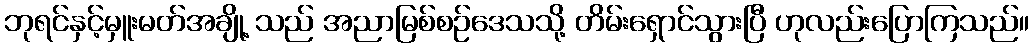
ဘုရင်နှင့်မှူးမတ်အချို့ သည် အညာမြစ်စဉ်ဒေသသို့ တိမ်းရှောင်သွားပြီ ဟုလည်းပြောကြသည်။